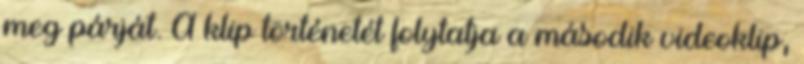
meg párját. A klip történetét folytatja a második videoklip,